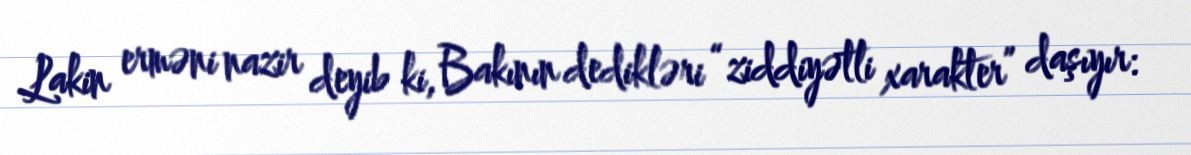
Lakin erməni nazir deyib ki, Bakının dedikləri “ziddiyətli xarakter” daşıyır: